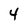
Character: 4